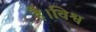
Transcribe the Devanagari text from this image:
है।विश्व